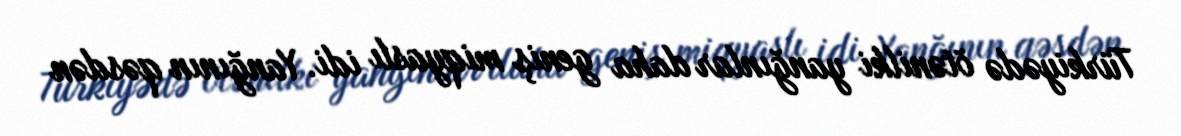
Türkiyədə ötənilki yanğınlar daha geniş miqyaslı idi. Yanğının qəsdən